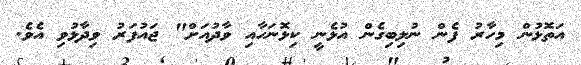
އަތޮޅުން މިހާރު ފެން ނުލިބިގެން އުޅެނީ ކިޅޮނަހާއި ވާދުއަށް" ޖައުފަރު ވިދާޅުވި އެވެ.